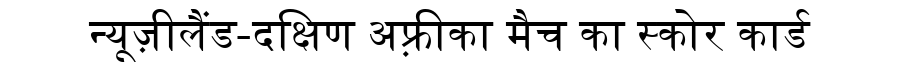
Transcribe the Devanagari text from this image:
न्यूज़ीलैंड-दक्षिण अफ़्रीका मैच का स्कोर कार्ड